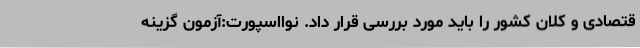
قتصادی و کلان کشور را باید مورد بررسی قرار داد. نوااسپورت:آزمون گزینه